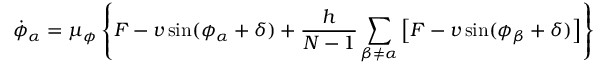
\dot { \phi } _ { \alpha } = \mu _ { \phi } \left\{ F - v \sin ( \phi _ { \alpha } + \delta ) + \frac { h } { N - 1 } \sum _ { \beta \neq \alpha } \left[ F - v \sin ( \phi _ { \beta } + \delta ) \right] \right\}